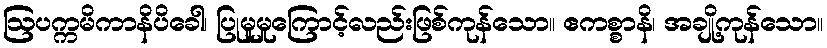
ဩပက္ကမိကာနိပိခေါ၊ ပြုမူမှုကြောင့်လည်းဖြစ်ကုန်သော။ ဧကစ္စာနိ၊ အချို့ကုန်သော။